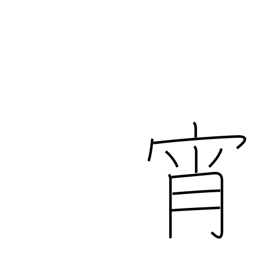
Meaning: evening